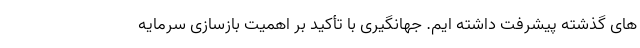
های گذشته پیشرفت داشته ایم. جهانگیری با تأکید بر اهمیت بازسازی سرمایه